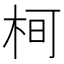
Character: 𭩵